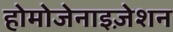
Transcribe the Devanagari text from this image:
होमोजेनाइज़ेशन